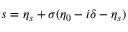
s = \eta _ { s } + \sigma ( \eta _ { 0 } - i \delta - \eta _ { s } )